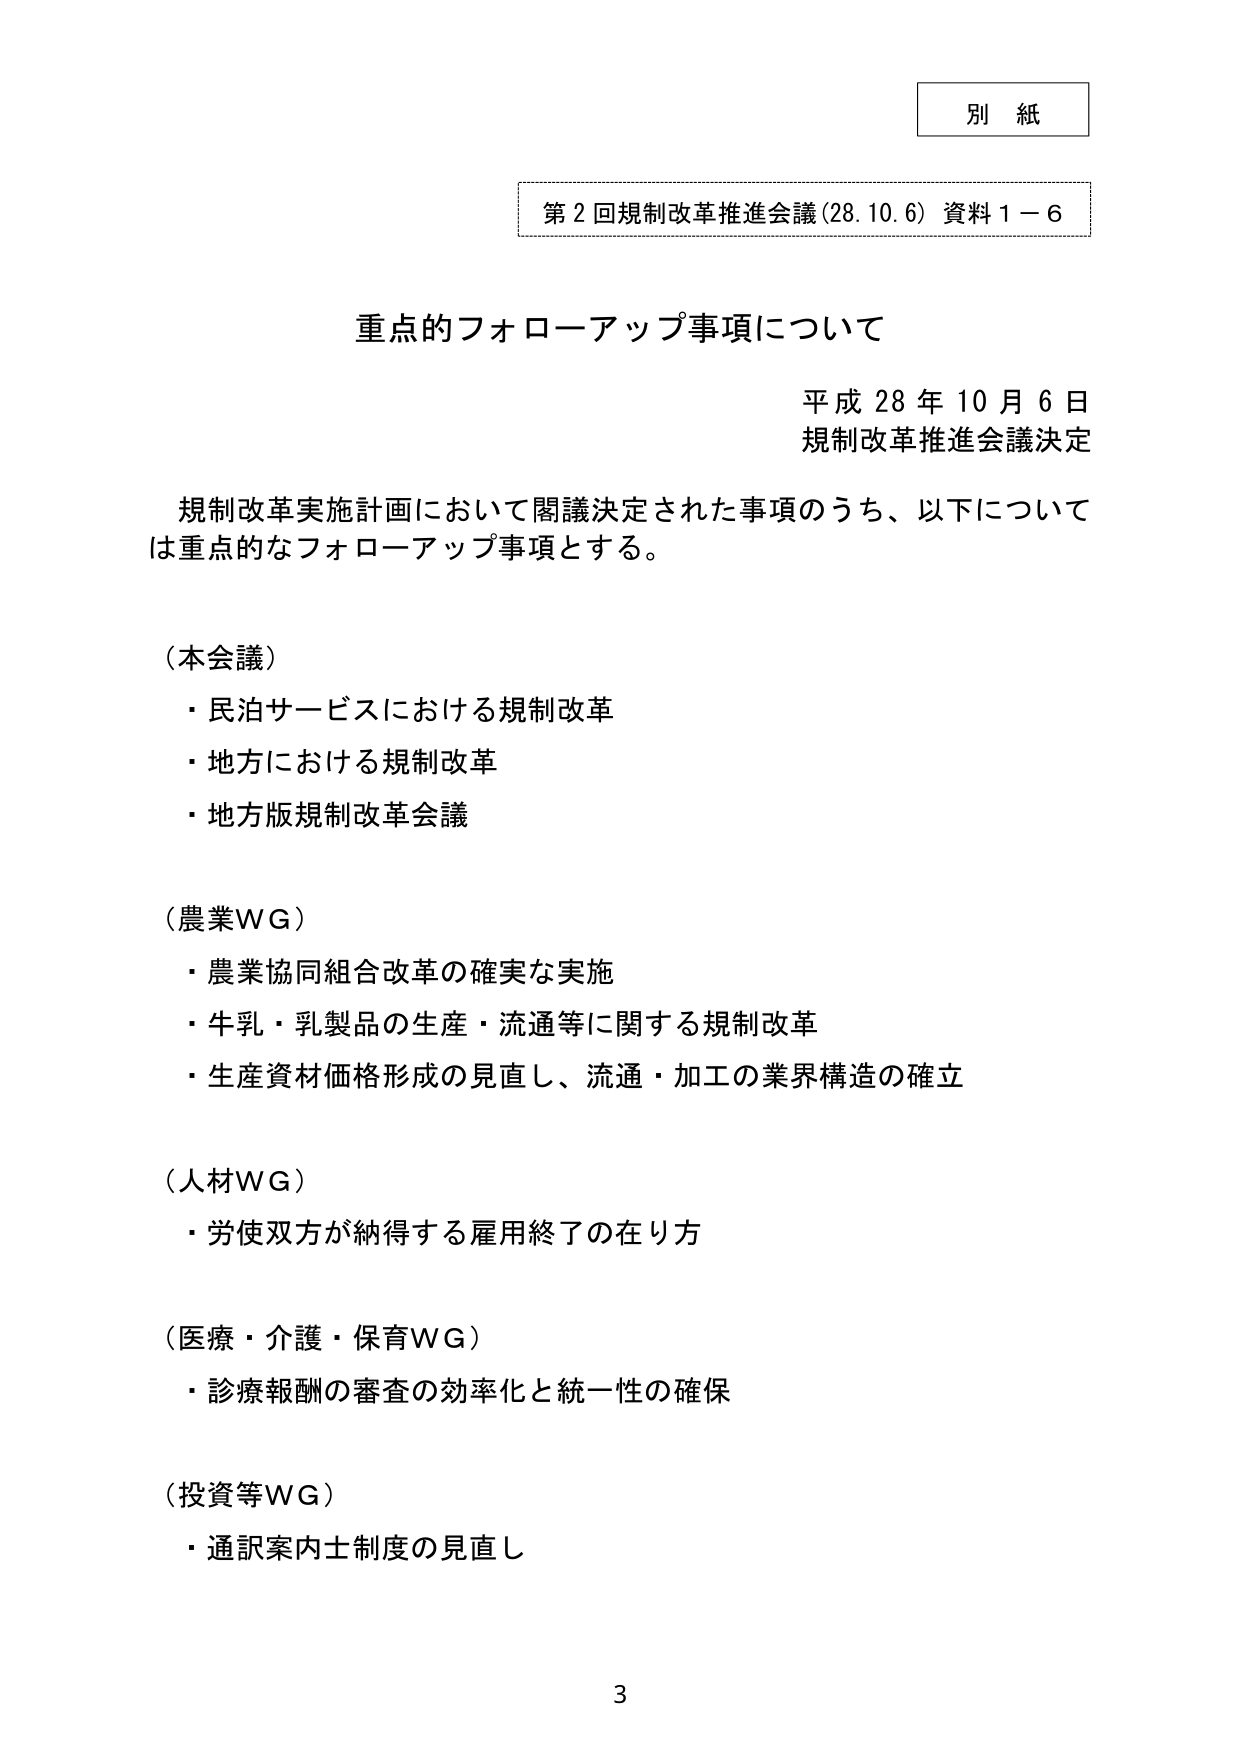
別 紙

第２回規制改革推進会議（28.10.6）資料１－６

重点的フォローアップ事項について

平成28年10月6日
規制改革推進会議決定

規制改革実施計画において閣議決定された事項のうち、以下については重点的なフォローアップ事項とする。

（本会議）
・民泊サービスにおける規制改革
・地方における規制改革
・地方版規制改革会議

（農業WG）
・農業協同組合改革の確実な実施
・牛乳・乳製品の生産・流通等に関する規制改革
・生産資材価格形成の見直し、流通・加工の業界構造の確立

（人材WG）
・労使双方が納得する雇用終了の在り方

（医療・介護・保育WG）
・診療報酬の審査の効率化と統一性の確保

（投資等WG）
・通訳案内士制度の見直し

3